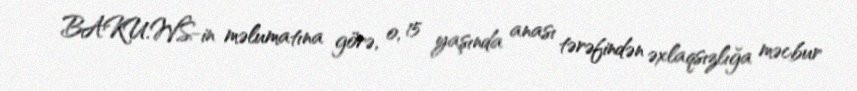
BAKU.WS-in məlumatına görə, o, 15 yaşında anası tərəfindən əxlaqsızlığa məcbur